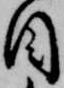
目